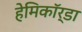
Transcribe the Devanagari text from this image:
हेमिकॉर्डा